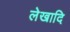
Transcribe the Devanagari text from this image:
लेखादि